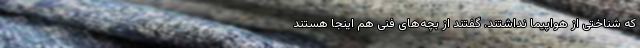
که شناختی از هواپیما نداشتند. گفتند از بچه‌های فنی هم اینجا هستند